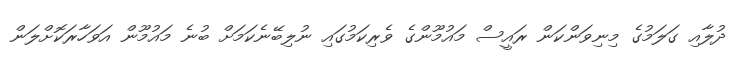
ދުލާއި ގަލަމުގެ މިނިވަންކަން ރައީސް މައުމޫންގެ ވެރިކަމުގައި ނުލިބޭނެކަމަށް ބުނެ މައުމޫން އަވަހާރަކޮށްލަން